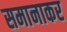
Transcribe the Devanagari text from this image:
समानाकर